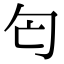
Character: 匄